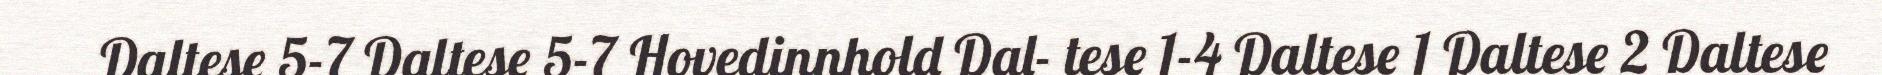
Daltese 5-7 Daltese 5-7 Hovedinnhold Dal- tese 1-4 Daltese 1 Daltese 2 Daltese